Civil Veterinary Department Bengal reports 1933-51 - 1933-1951
Year: 1933
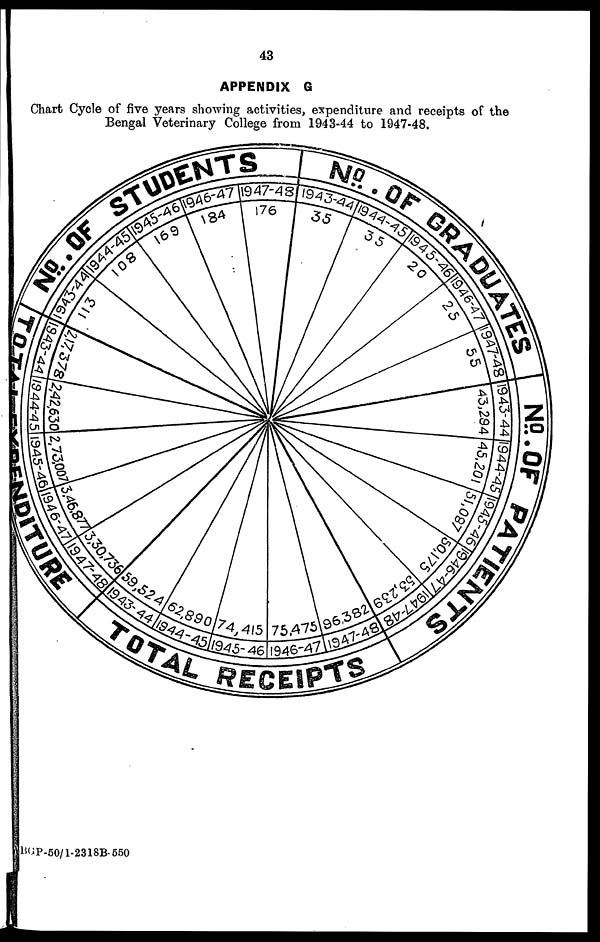
43
APPENDIX G
Chart Cycle of five years showing activities, expenditure and receipts of the
Bengal Veterinary College from 1943-44 to 1947-48.
BGP-50/1-2318B-550